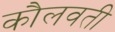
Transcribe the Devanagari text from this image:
कौलवती